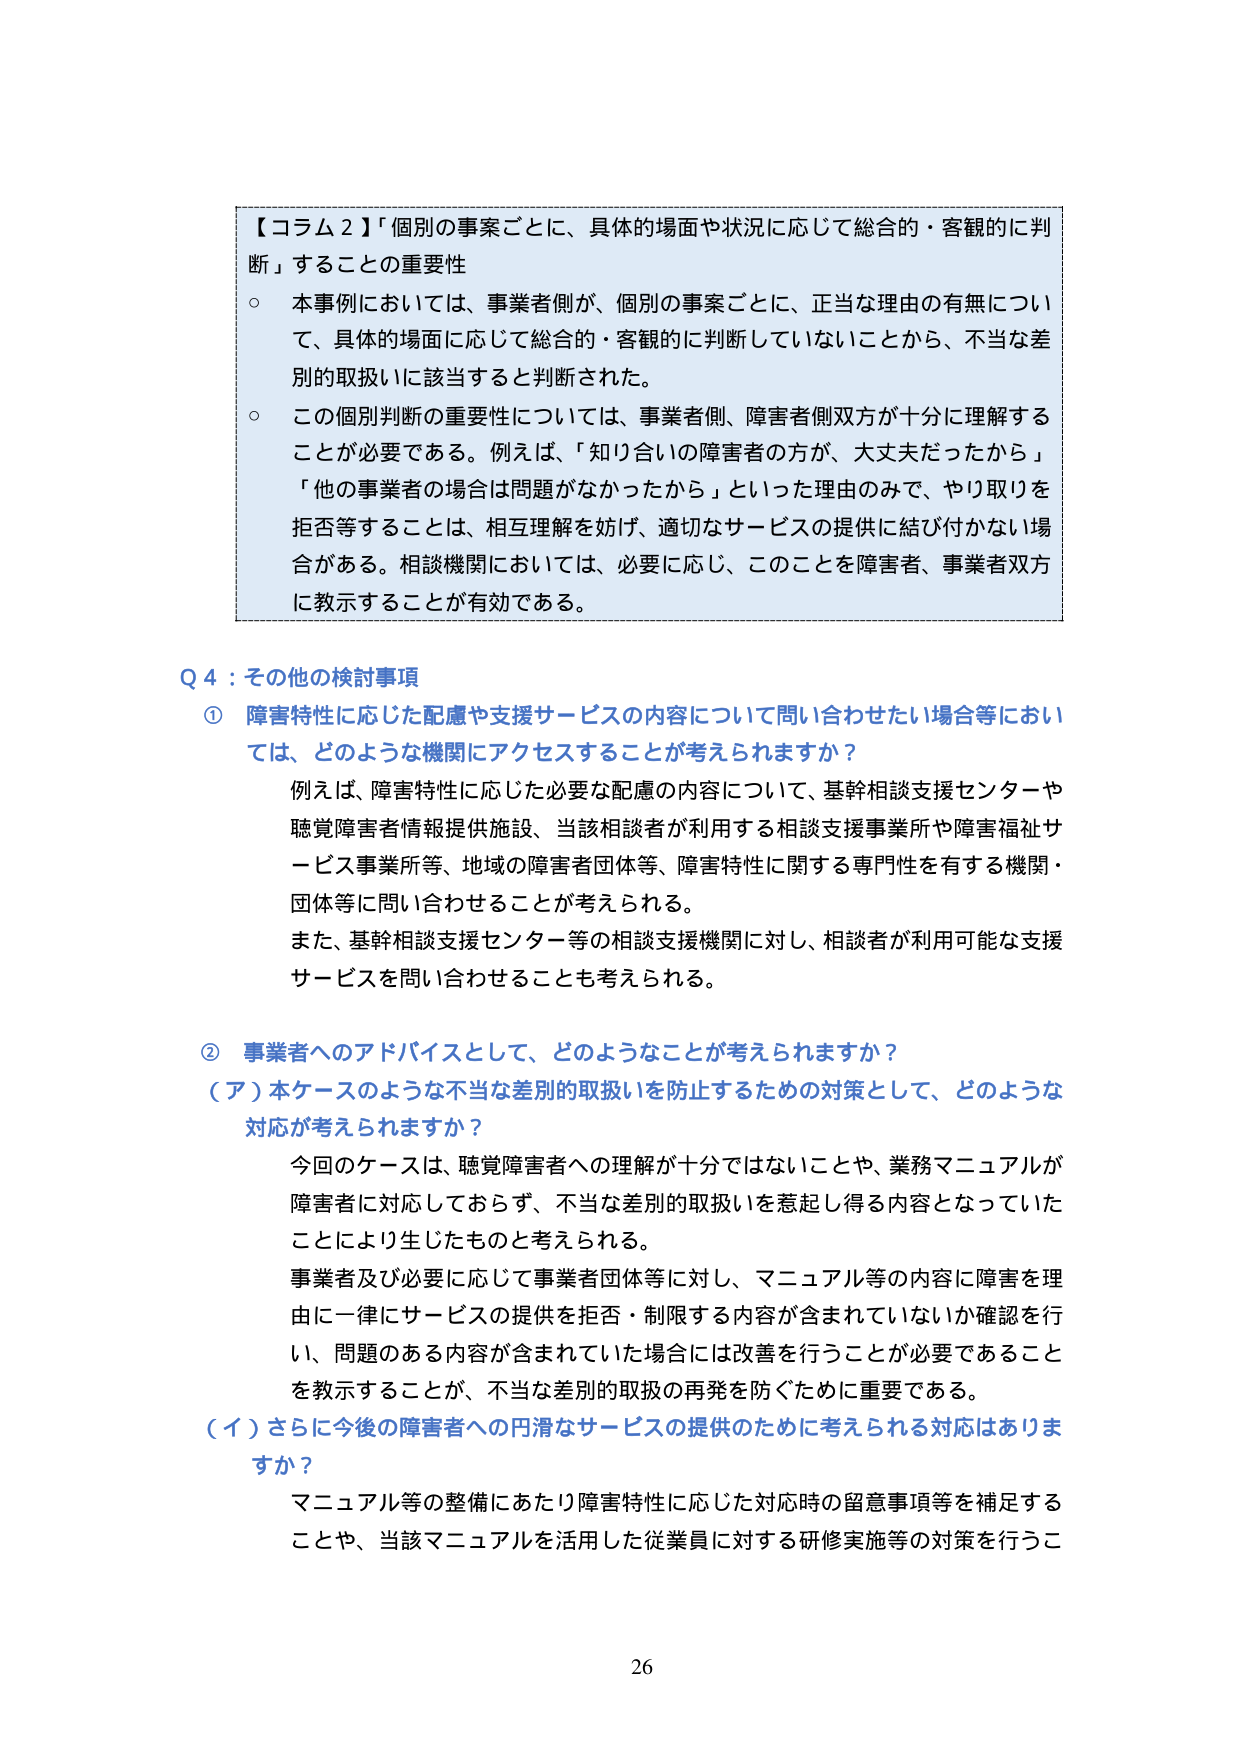
【コラム２】「個別の事案ごとに、具体的場面や状況に応じて総合的・客観的に判断」することの重要性
○ 本事例においては、事業者側が、個別の事案ごとに、正当な理由の有無について、具体的場面に応じて総合的・客観的に判断していないことから、不当な差別的取扱いに該当すると判断された。
○ この個別判断の重要性については、事業者側、障害者側双方が十分に理解することが必要である。例えば、「知り合いの障害者の方が、大丈夫だったから」「他の事業者の場合は問題がなかったから」といった理由のみで、やり取りを拒否等することは、相互理解を妨げ、適切なサービスの提供に結び付かない場合がある。相談機関においては、必要に応じ、このことを障害者、事業者双方に教示することが有効である。

Q４：その他の検討事項
① 障害特性に応じた配慮や支援サービスの内容について問い合わせたい場合等においては、どのような機関にアクセスすることが考えられますか？
　　例えば、障害特性に応じた必要な配慮の内容について、基幹相談支援センターや聴覚障害者情報提供施設、当該相談者が利用する相談支援事業所や障害福祉サービス事業所等、地域の障害者団体等、障害特性に関する専門性を有する機関・団体等に問い合わせることが考えられる。
　　また、基幹相談支援センター等の相談支援機関に対し、相談者が利用可能な支援サービスを問い合わせることも考えられる。

② 事業者へのアドバイスとして、どのようなことが考えられますか？
（ア）本ケースのような不当な差別的取扱いを防止するための対策として、どのような対応が考えられますか？
　　今回のケースは、聴覚障害者への理解が十分ではないことや、業務マニュアルが障害者に対応しておらず、不当な差別的取扱いを惹起し得る内容となっていたことにより生じたものと考えられる。
　　事業者及び必要に応じて事業者団体等に対し、マニュアル等の内容に障害を理由に一律にサービスの提供を拒否・制限する内容が含まれていないか確認を行い、問題のある内容が含まれていた場合には改善を行うことが必要であることを教示することが、不当な差別的取扱の再発を防ぐために重要である。
（イ）さらに今後の障害者への円滑なサービスの提供のために考えられる対応はありますか？
　　マニュアル等の整備にあたり障害特性に応じた対応時の留意事項等を補足することや、当該マニュアルを活用した従業員に対する研修実施等の対策を行うこ

26